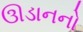
ઊડાનનો